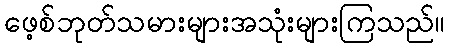
ဖေ့စ်ဘုတ်သမားများအသုံးများကြသည်။